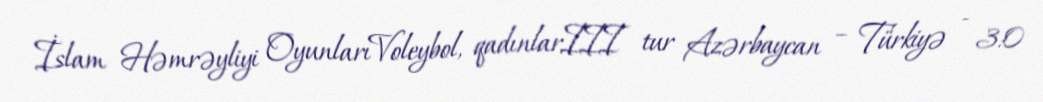
İslam Həmrəyliyi OyunlarıVoleybol, qadınlarIII tur Azərbaycan – Türkiyə - 3:0